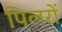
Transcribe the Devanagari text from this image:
पिलरों